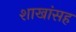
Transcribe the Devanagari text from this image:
शाखांसह